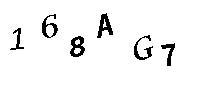
168AG7